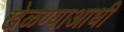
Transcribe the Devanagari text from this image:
खेळण्याआधी